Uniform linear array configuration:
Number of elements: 12
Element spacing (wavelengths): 1
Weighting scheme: binomial
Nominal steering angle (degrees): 15
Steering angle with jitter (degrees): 14.8802
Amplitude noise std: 0.05
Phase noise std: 0.05

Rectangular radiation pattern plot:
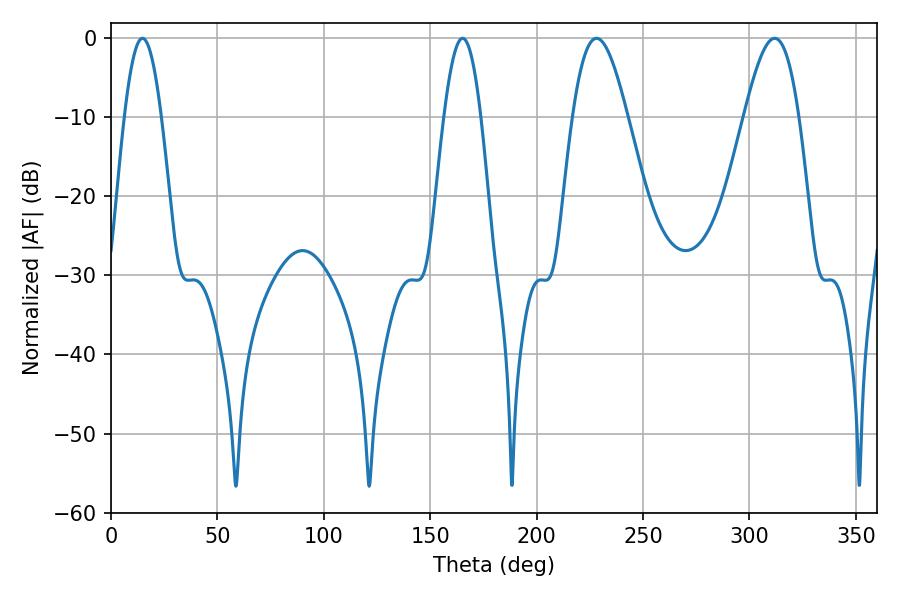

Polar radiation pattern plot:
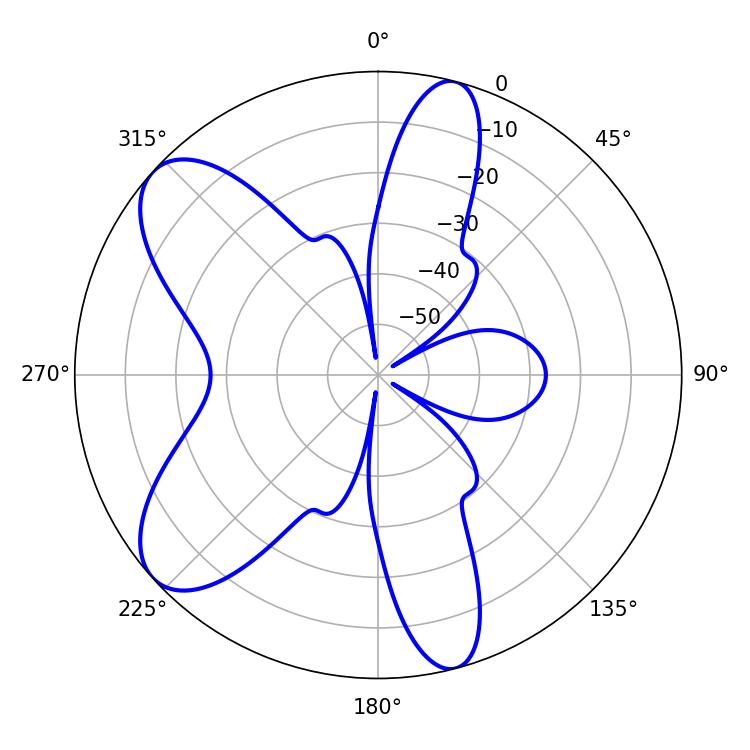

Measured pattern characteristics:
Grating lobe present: TRUE
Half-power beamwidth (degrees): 9.54
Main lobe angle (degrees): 14.76